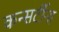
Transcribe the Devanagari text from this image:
कन्सर्टीना